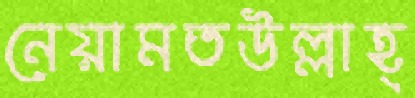
নেয়ামতউল্লাহ্